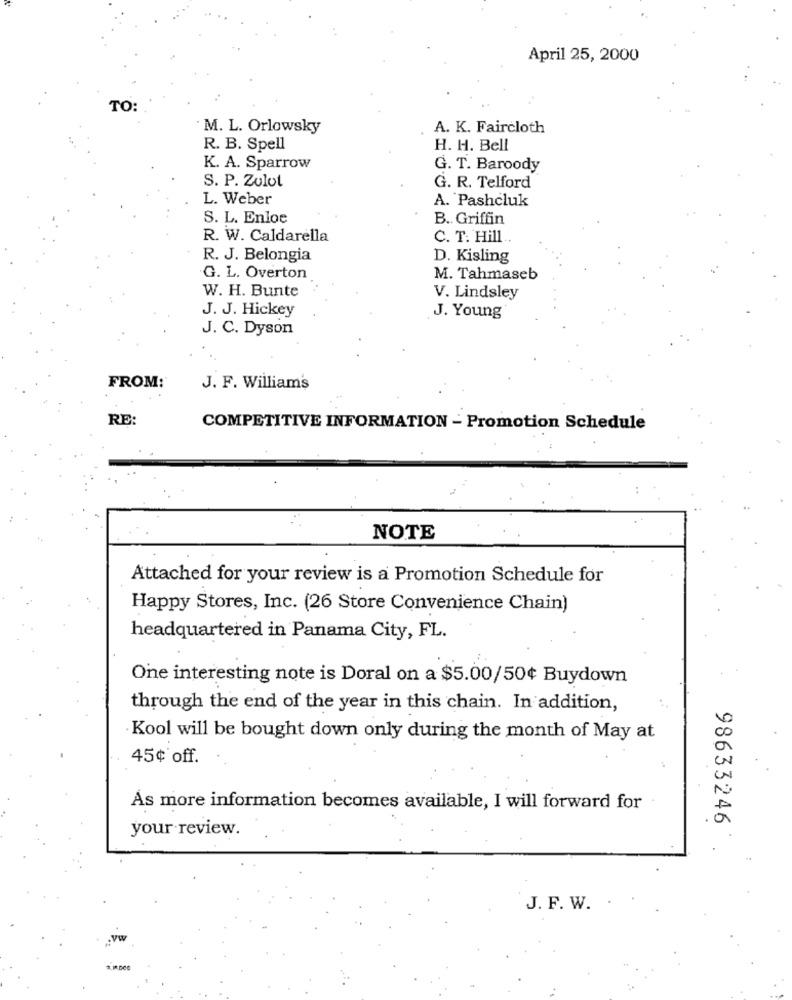
April 25, 2000
TO:
: M. L. Orlowsky
A. K. Faircloth
R. B. Spell
H. H. Bell
K. A. Sparrow
G. T. Baroody
S. P. Zulot
G. R. Telford
L. Weber
A. Pashcluk
S. L. Enloe
B. Griffin
R. W. Caldarella
C. T. Hill ..
R. J. Belongia
D. Kisling
G. L. Overton
M. Tahmaseb
W. H. Bunte
V. Lindsley
J. J. Hickey
J. Young
J. C. Dyson
FROM:
J. F. William's
RE:
COMPETITIVE INFORMATION - Promotion Schedule
NOTE
Attached for your review is a Promotion Schedule for
Happy Stores, Inc. (26 Store Convenience Chain)
headquartered in Panama City, FL.
One interesting note is Doral on a $5.00/50¢ Buydown
through the end of the year in this chain. In addition,
Kool will be bought down only during the month of May at
45¢ off.
As more information becomes available, I will forward for
98633246
your review.
J. F. W.